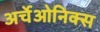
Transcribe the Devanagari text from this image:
अर्चेओनिक्स